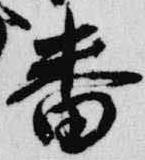
番